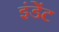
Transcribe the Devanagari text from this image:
इंडेंट